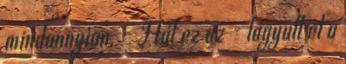
mindannyian. - Hát ez az - lágyult el a